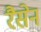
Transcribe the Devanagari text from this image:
रैसेन